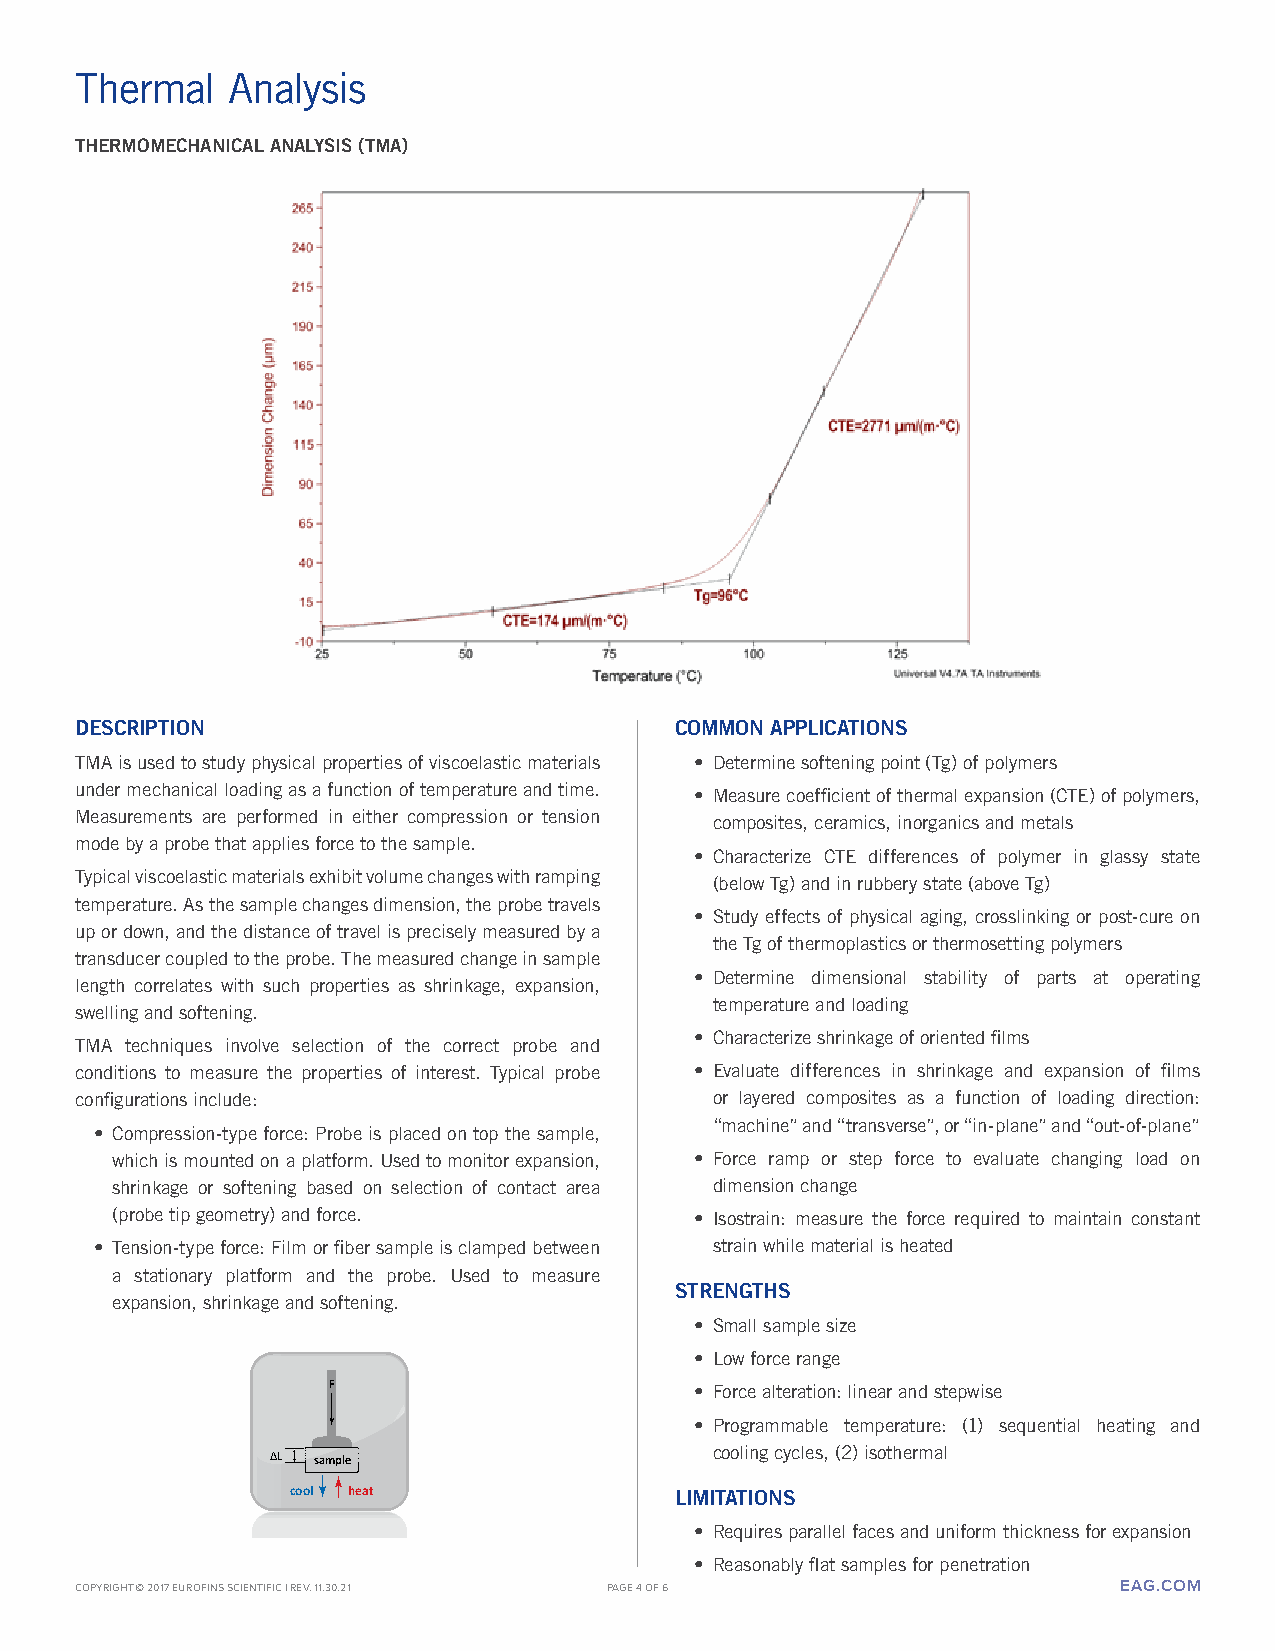
Thermal   Analysis
 THERMOMECHANICAL ANALYSIS (TMA)
 DESCRIPTION                             COMMON APPLICATIONS
 TMA is used to study physical properties of viscoelastic materials • Determine softening point (Tg) of polymers
 under mechanical loading as a function of temperature and time.
 • Measure coefficient of thermal expansion (CTE) of polymers,
 Measurements are performed in either compression or tension
 composites, ceramics, inorganics and metals
 mode by a probe that applies force to the sample.
 • Characterize CTE differences of polymer in glassy state
 Typical viscoelastic materials exhibit volume changes with ramping
 (below Tg) and in rubbery state (above Tg)
 temperature. As the sample changes dimension, the probe travels
 • Study effects of physical aging, crosslinking or post-cure on
 up or down, and the distance of travel is precisely measured by a
 the Tg of thermoplastics or thermosetting polymers
 transducer coupled to the probe. The measured change in sample
 • Determine dimensional stability of parts at operating
 length correlates with such properties as shrinkage, expansion,
 temperature and loading
 swelling and softening.
 • Characterize shrinkage of oriented films
 TMA techniques involve selection of the correct probe and
 conditions to measure the properties of interest. Typical probe • Evaluate differences in shrinkage and expansion of films
 configurations include:                   or layered composites as a function of loading direction:
 “machine” and “transverse”, or “in-plane” and “out-of-plane”
 • Compression-type force: Probe is placed on top the sample,
 which is mounted on a platform. Used to monitor expansion, • Force ramp or step force to evaluate changing load on
 shrinkage or softening based on selection of contact area dimension change
 (probe tip geometry) and force.        • Isostrain: measure the force required to maintain constant
 • Tension-type force: Film or fiber sample is clamped between strain while material is heated
 a stationary platform and the probe. Used to measure
 STRENGTHS
 expansion, shrinkage and softening.
 • Small sample size
 • Low force range
 F                       • Force alteration: linear and stepwise
 • Programmable temperature: (1) sequential heating and
 cooling cycles, (2) isothermal
 ∆L sample
 cool heat                 LIMITATIONS
 • Requires parallel faces and uniform thickness for expansion
 • Reasonably flat samples for penetration
 COPYRIGHT © 2017 EUROFINS SCIENTIFIC | REv. 11.30.21 PAGE 4 OF 6     EAG.COM